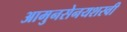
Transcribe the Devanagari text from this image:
आमुनसेनयशस्वी